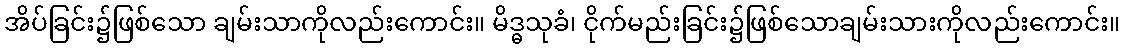
အိပ်ခြင်း၌ဖြစ်သော ချမ်းသာကိုလည်းကောင်း။ မိဒ္ဓသုခံ၊ ငိုက်မည်းခြင်း၌ဖြစ်သောချမ်းသားကိုလည်းကောင်း။